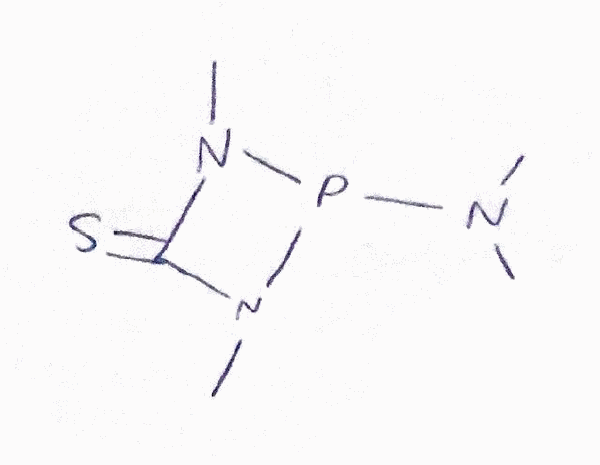
Simplified molecular-input line-entry system (SMILES) notation of the given molecule:
CN1C(=S)N(P1N(C)C)C